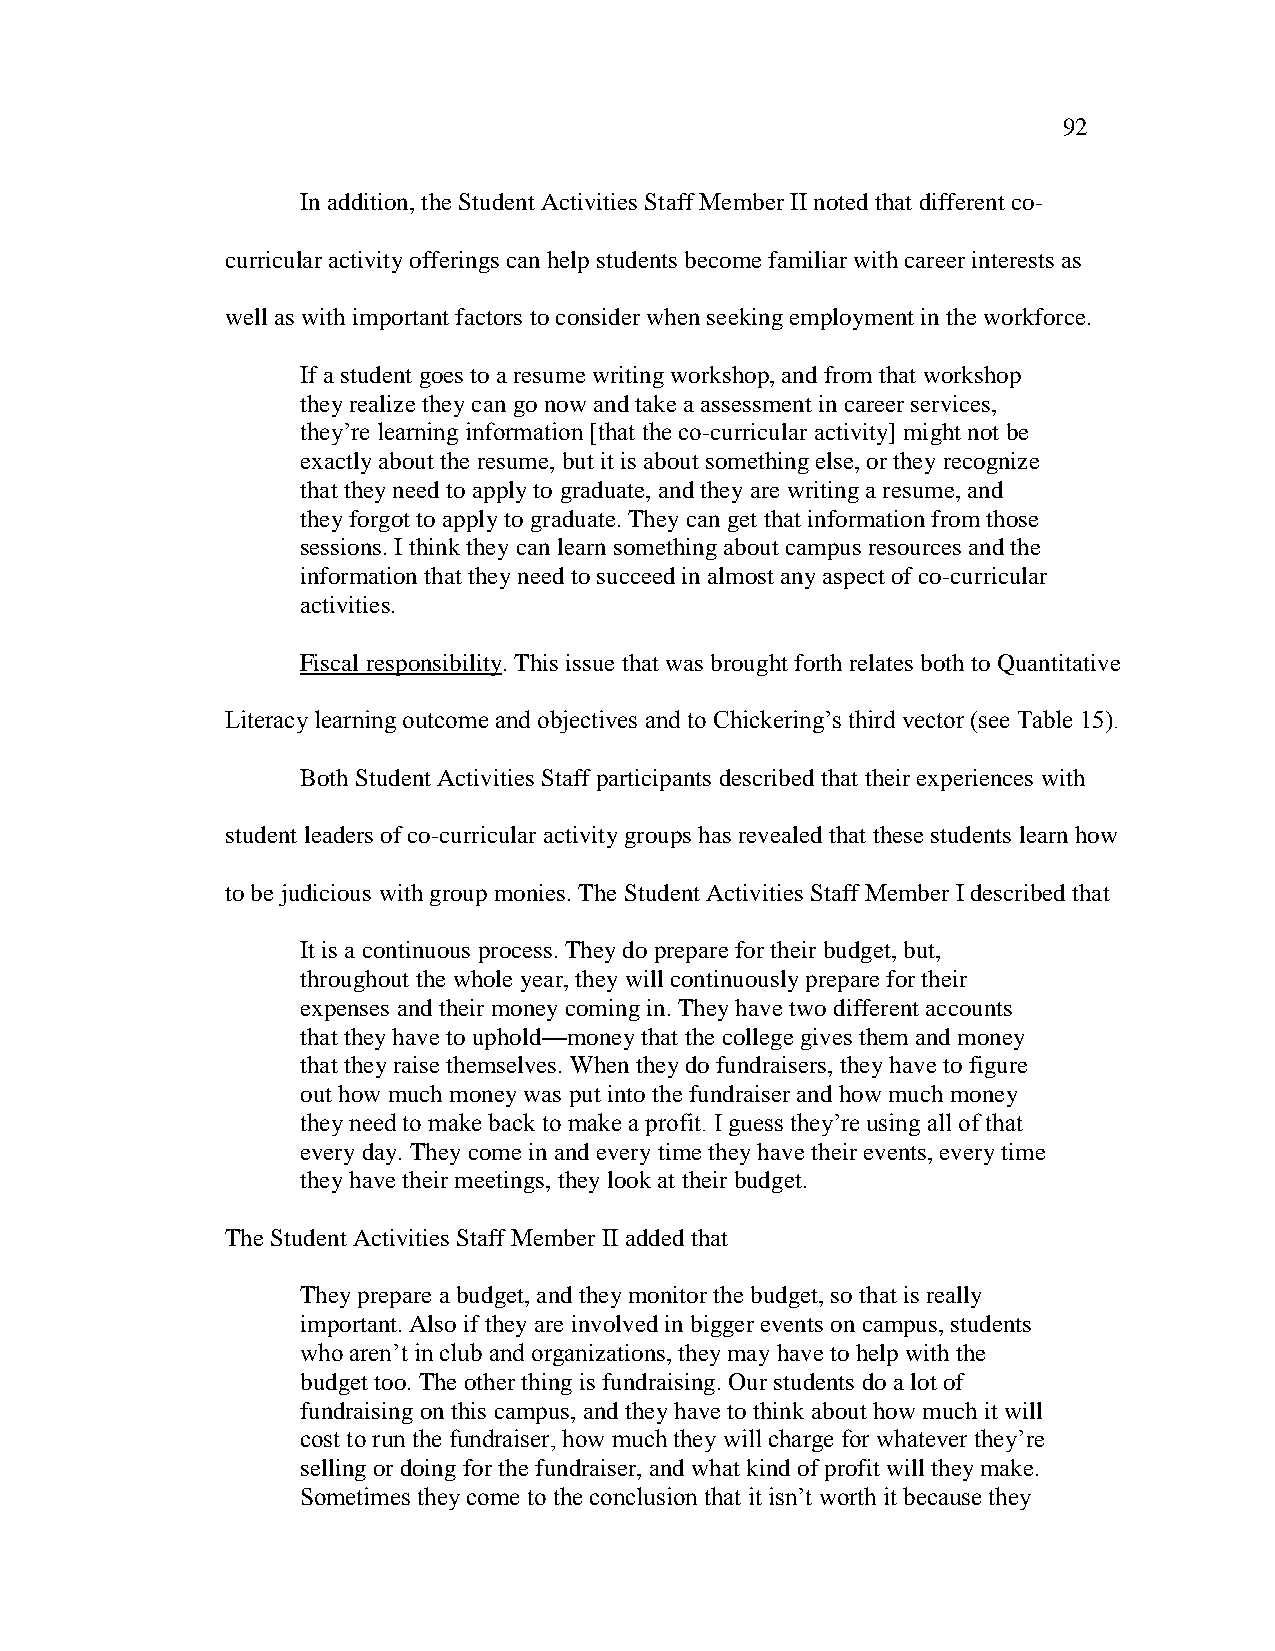
92
 In addition, the Student Activities Staff Member II noted that different co-
 curricular activity offerings can help students become familiar with career interests as
 well as with important factors to consider when seeking employment in the workforce.
 If a student goes to a resume writing workshop, and from that workshop
 they realize they can go now and take a assessment in career services,
 they‘re learning information [that the co-curricular activity] might not be
 exactly about the resume, but it is about something else, or they recognize
 that they need to apply to graduate, and they are writing a resume, and
 they forgot to apply to graduate. They can get that information from those
 sessions. I think they can learn something about campus resources and the
 information that they need to succeed in almost any aspect of co-curricular
 activities.
 Fiscal responsibility. This issue that was brought forth relates both to Quantitative
 Literacy learning outcome and objectives and to Chickering‘s third vector (see Table 15).
 Both Student Activities Staff participants described that their experiences with
 student leaders of co-curricular activity groups has revealed that these students learn how
 to be judicious with group monies. The Student Activities Staff Member I described that
 It is a continuous process. They do prepare for their budget, but,
 throughout the whole year, they will continuously prepare for their
 expenses and their money coming in. They have two different accounts
 that they have to uphold—money that the college gives them and money
 that they raise themselves. When they do fundraisers, they have to figure
 out how much money was put into the fundraiser and how much money
 they need to make back to make a profit. I guess they‘re using all of that
 every day. They come in and every time they have their events, every time
 they have their meetings, they look at their budget.
 The Student Activities Staff Member II added that
 They prepare a budget, and they monitor the budget, so that is really
 important. Also if they are involved in bigger events on campus, students
 who aren‘t in club and organizations, they may have to help with the
 budget too. The other thing is fundraising. Our students do a lot of
 fundraising on this campus, and they have to think about how much it will
 cost to run the fundraiser, how much they will charge for whatever they‘re
 selling or doing for the fundraiser, and what kind of profit will they make.
 Sometimes they come to the conclusion that it isn‘t worth it because they